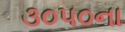
૩૦૫૦ના